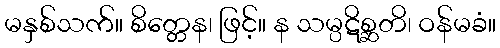
မနှစ်သက်။ စိတ္တေန၊ ဖြင့်။ န သမ္ပဋိစ္ဆတိ၊ ဝန်မခံ။